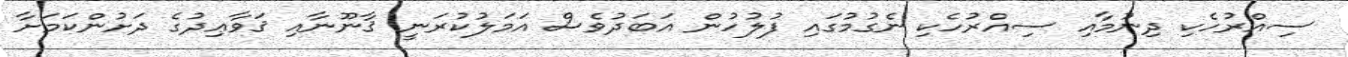
ސިއްރުހެކި ދިނުމާއި ސިއްރުހެކި ނެގުމުގައި ފުލުހުން އަބަދުވެސް އަމަލުކުރަނީ ޤާނޫނާއި ޤަވާޢިދުގެ ދަށުންކަމަށާ